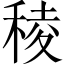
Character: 稜